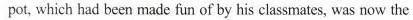
pot, which had been made fun of by his classmates, was now the